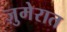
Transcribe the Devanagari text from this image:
ज़ुमेरात